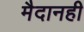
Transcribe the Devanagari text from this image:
मैदानही